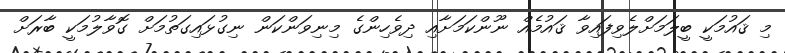
މި ޤައުމަކީ ބީލަމަށްލެވިފައިވާ ޤައުމެއް ނޫންކަމަށާއި ދިވެހިންގެ މިނިވަންކަން ނިގުޅައިގަތުމަށް ގޮވާލުމަކީ ބާރަށް